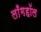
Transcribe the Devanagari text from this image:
लाँगहॉल